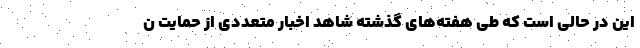
این در حالی است که طی هفته‌های گذشته شاهد اخبار متعددی از حمایت ن